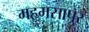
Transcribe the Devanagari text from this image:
महमसापुर